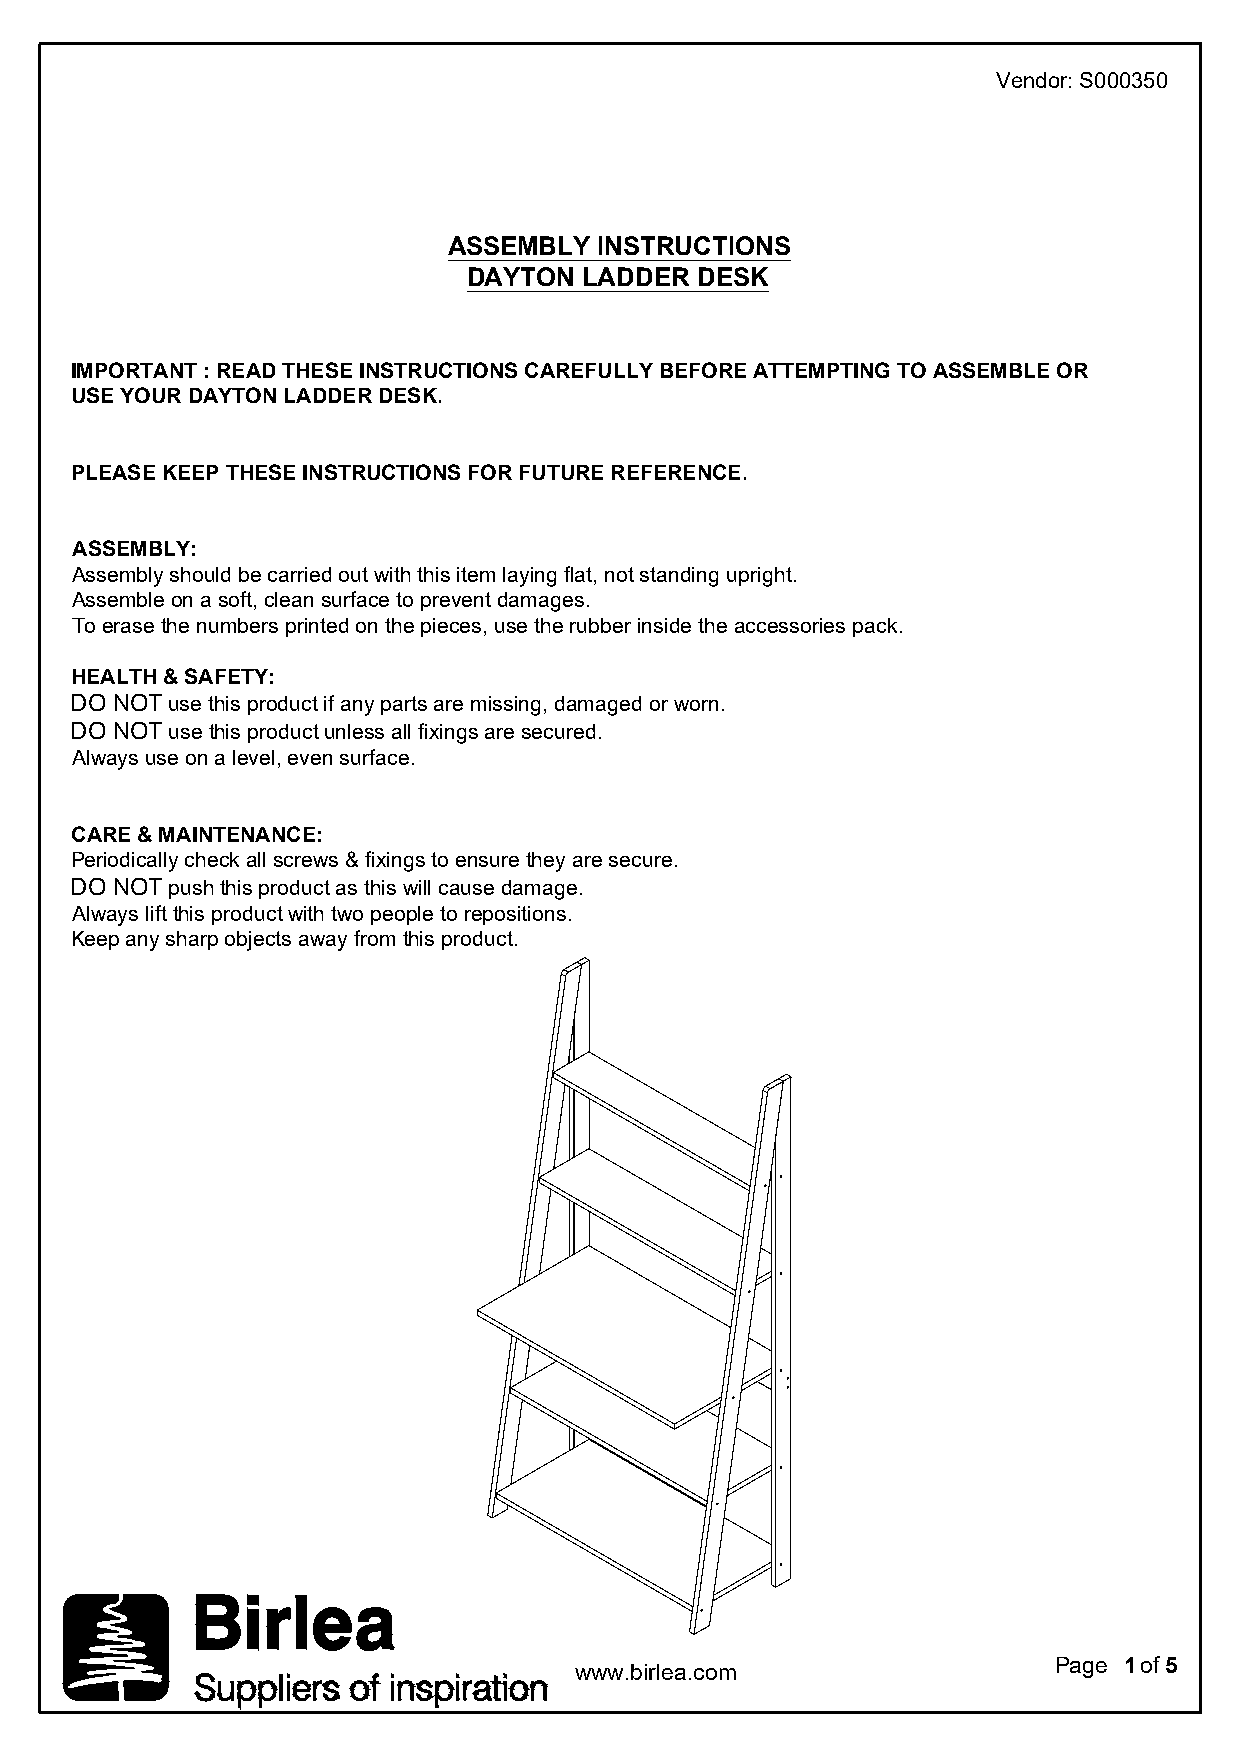
Vendor: S000350
 ASSEMBLY  INSTRUCTIONS
 DAYTON  LADDER DESK
 IMPORTANT : READ THESE INSTRUCTIONS CAREFULLY BEFORE ATTEMPTING TO ASSEMBLE OR
 USE YOUR DAYTON LADDER DESK.
 PLEASE KEEP THESE INSTRUCTIONS FOR FUTURE REFERENCE.
 ASSEMBLY:
 Assembly should be carried out with this item laying flat, not standing upright.
 Assemble on a soft, clean surface to prevent damages.
 To erase the numbers printed on the pieces, use the rubber inside the accessories pack.
 HEALTH & SAFETY:
 DO NOT use this product if any parts are missing, damaged or worn.
 DO NOT use this product unless all fixings are secured.
 Always use on a level, even surface.
 CARE & MAINTENANCE:
 Periodically check all screws & fixings to ensure they are secure.
 DO NOT push this product as this will cause damage.
 Always lift this product with two people to repositions.
 Keep any sharp objects away from this product.
 Page 1 of 5
 www.birlea.com